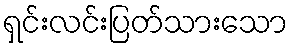
ရှင်းလင်းပြတ်သားသော